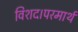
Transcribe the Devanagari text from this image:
विशद।परमार्थ